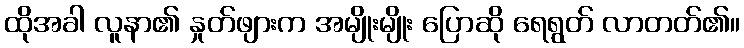
ထိုအခါ လူနာ၏ နှုတ်ဖျားက အမျိုးမျိုး ပြောဆို ရေရွတ် လာတတ်၏။